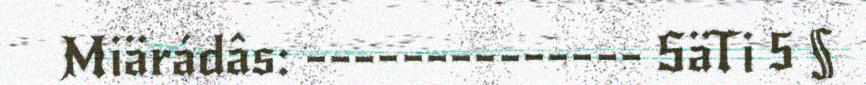
Miärádâs: -------------- SäTi 5 §